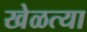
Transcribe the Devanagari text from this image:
खेळत्या